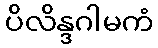
ပိလိန္ဒဂါမကံ